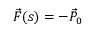
\vec { F } ( s ) = - \vec { P } _ { 0 }